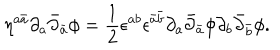
\eta ^ { a \bar { a } } \partial _ { a } \bar { \partial } _ { \bar { a } } \phi = \frac { 1 } { 2 } \epsilon ^ { a b } \epsilon ^ { \bar { a } \bar { b } } \partial _ { a } \bar { \partial } _ { \bar { a } } \phi \partial _ { b } \bar { \partial } _ { \bar { b } } \phi .